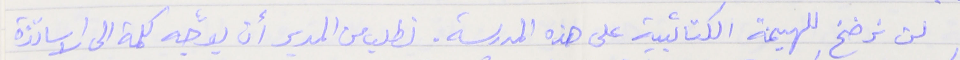
لن نرضخ للهيمنة الكتائبية على هذه المدرسة. نطلب من المدير ان يوجّه كلمة الى الاساتذة